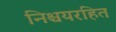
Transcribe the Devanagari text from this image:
निश्चयरहित